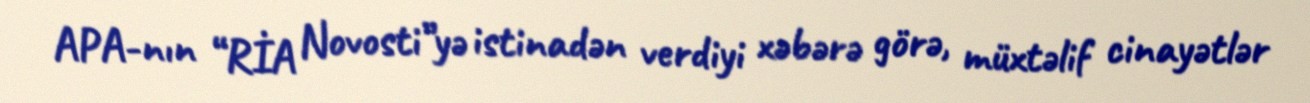
APA-nın “RİA Novosti”yə istinadən verdiyi xəbərə görə, müxtəlif cinayətlər